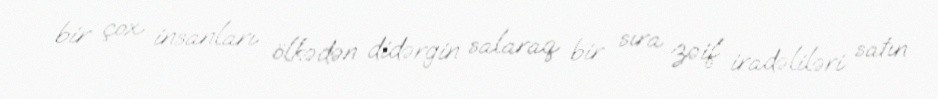
bir çox insanları ölkədən didərgin salaraq bir sıra zəif iradəliləri satın